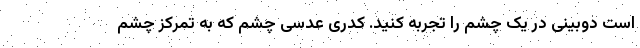
است دوبینی در یک چشم را تجربه کنید. کدری عدسی چشم که به تمرکز چشم